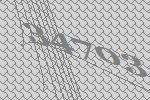
34703